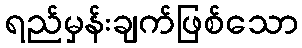
ရည်မှန်းချက်ဖြစ်သော